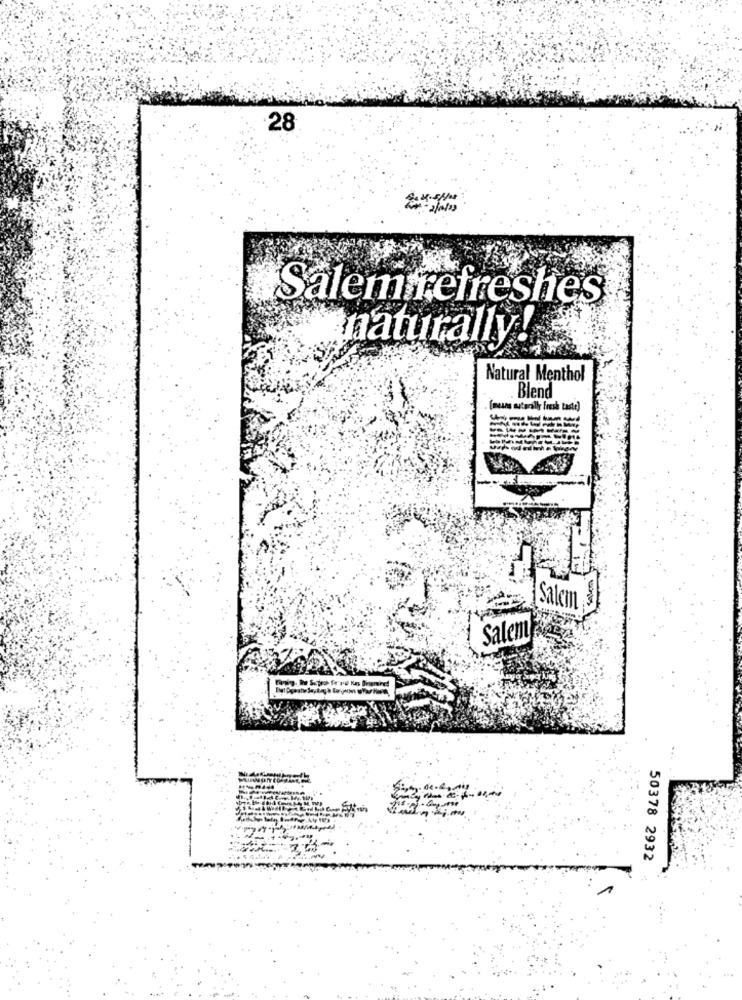
28
Salem refreshes
naturally!
Natural Menthol
Blend
(means astarally fresh taste)
Salem
Salem
50378 2932